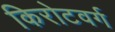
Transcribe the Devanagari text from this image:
किरोटवर्ग